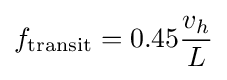
f_{\text{transit}}=0.45{\frac {v_{h}}{L}}